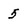
Character: 5